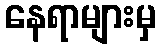
နေရာများမှ